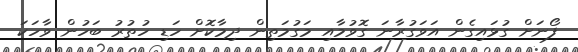
ފޯނަށް ގުޅައިގެން އަވަގުރާނަ ގޮވުމާއި މަގުމަތިން ދިމާކޮށް ހަޑި ހުތުރު ބަހުން ވާހަކަ